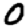
Digit: 0